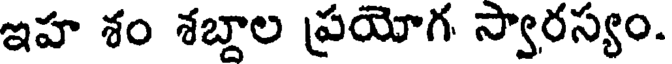
ఇహ శం శబ్దాల ప్రయోగ స్వారస్యం.